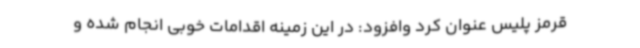
قرمز پلیس عنوان کرد وافزود: در این زمینه اقدامات خوبی انجام شده و